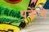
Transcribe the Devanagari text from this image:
थकेंगे